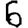
Digit: 6